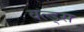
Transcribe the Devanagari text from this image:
वल्ड्स